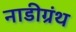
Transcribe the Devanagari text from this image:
नाडीग्रंथ